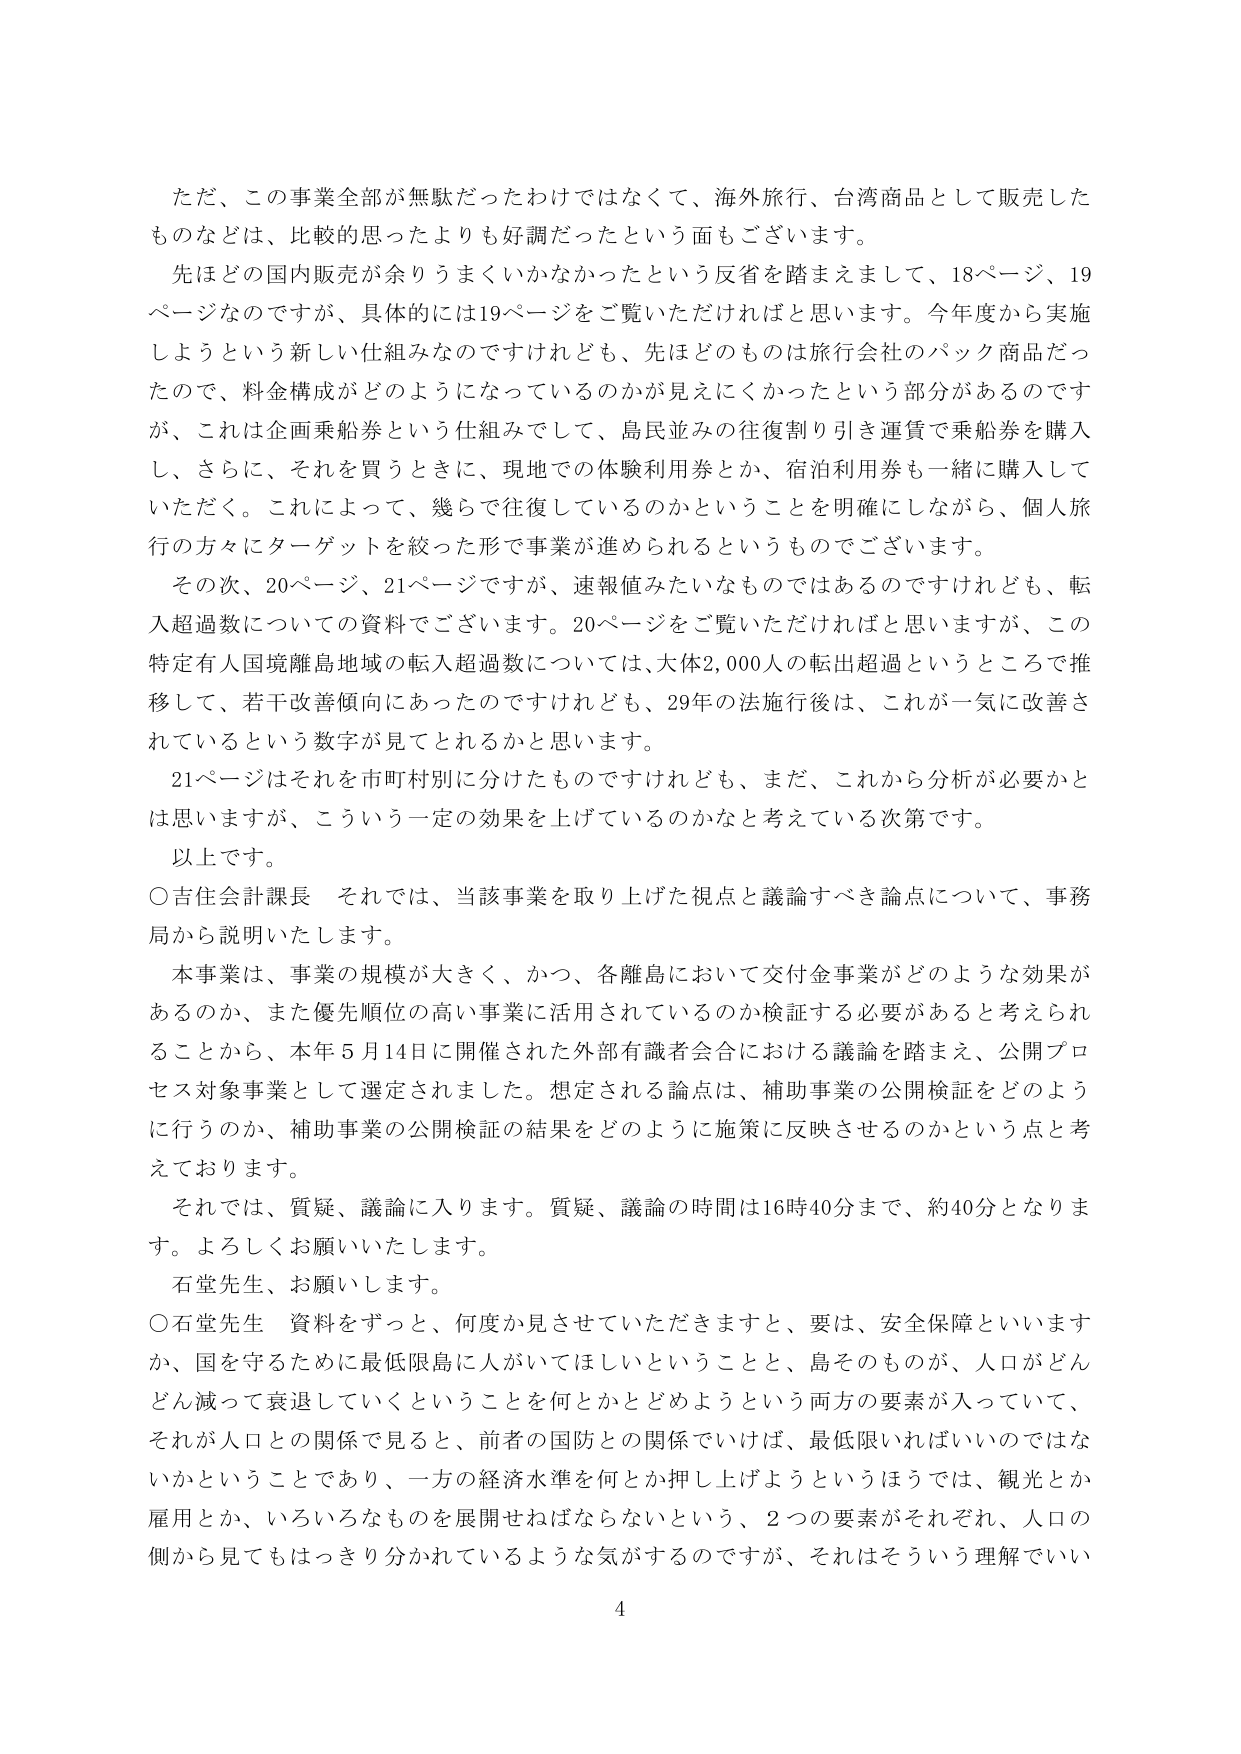
ただ、この事業全部が無駄だったわけではなくて、海外旅行、台湾商品として販売した
ものなどは、比較的思ったよりも好調だったという面もございます。
先ほどの国内販売が余りうまくいかなかったという反省を踏まえまして、18ページ、19
ページなのですが、具体的には19ページをご覧いただければと思います。今年度から実施
しようという新しい仕組みなのですけれども、先ほどのものは旅行会社のパック商品だっ
たので、料金構成がどのようになっているのかが見えにくかったという部分があるのです
が、これは企画乗船券という仕組みにして、島民並みの往復割り引き運賃で乗船券を購入
し、さらに、それを買うときに、現地での体験利用券とか、宿泊利用券も一緒に購入して
いただく。これによって、幾らで往復しているのかということを明確にしながら、個人旅
行の方々にターゲットを絞った形で事業が進められるというものでございます。
その次、20ページ、21ページですが、速報値みたいなものではあるのですけれども、転
入超過数についての資料でございます。20ページをご覧いただければと思いますが、この
特定有人国境離島地域の転入超過数については、大体2,000人の転出超過というところで推
移して、若干改善傾向にあったのですけれども、29年の法施行後は、これが一気に改善さ
れているという数字が見てとれるかと思います。
21ページはそれを市町村別に分けたものですけれども、まだ、これから分析が必要かと
は思いますが、こういう一定の効果を上げているのかなと考えている次第です。
以上です。
○吉住会計課長　それでは、当該事業を取り上げた視点と議論すべき論点について、事務
局から説明いたします。
本事業は、事業の規模が大きく、かつ、各離島において交付金事業がどのような効果が
あるのか、また優先順位の高い事業に活用されているのか検証する必要があると考えられ
ることから、本年5月14日に開催された外部有識者会合における議論を踏まえ、公開プロ
セス対象事業として選定されました。想定される論点は、補助事業の公開検証をどのよう
に行うのか、補助事業の公開検証の結果をどのように施策に反映させるのかという点と考
えております。
それでは、質疑、議論に入ります。質疑、議論の時間は16時40分まで、約40分となりま
す。よろしくお願いいたします。
石堂先生、お願いします。
○石堂先生　資料をずっと、何度か見させていただきますと、要は、安全保障といいます
か、国を守るために最低限島に人がいてほしいということと、島そのものが、人口がどん
どん減って衰退していくということを何とかとどめようという両方の要素が入っていて、
それが人口との関係で見ると、前者の国防との関係でいけば、最低限いればいいのではな
いかということであり、一方の経済水準を何とか押し上げようというほうでは、観光とか
雇用とか、いろいろなものを展開せねばならないという、2つの要素がそれぞれ、人口の
側から見てもはっきり分かれているような気がするのですが、それはそういう理解でいい
4